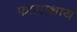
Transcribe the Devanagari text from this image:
फासाथाय